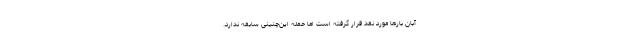
آبان بارها مورد نقد قرار گرفته است اما حمله این‌چنینی سابقه ندارد.